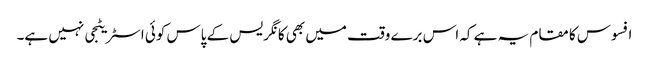
افسوس کا مقام یہ ہے کہ اس برے وقت میں بھی کانگریس کے پاس کوئی اسٹریٹجی نہیں ہے۔